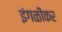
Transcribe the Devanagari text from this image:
इंगळीकर